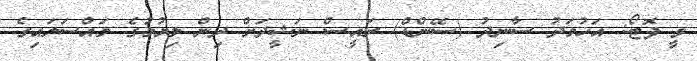
ވީ ފޮޓޯ: އަހުމަދު ސާނިދު (ސޭންޑް) ރައީސް ނަޝީދަށް ދިން ލިޔުމުގެ މައްސަލައިގެ